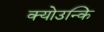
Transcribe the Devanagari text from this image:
क्योउन्कि